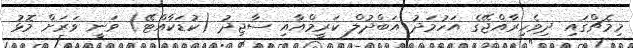
މިމެޗްގައި ދިވެހިރާއްޖޭގެ އަހުމަދު އަބްދުލް ކަރީމްއާއި ސާޖިދު (ކުޑަކާއްޓޭ) ވަނީ ވަރަށް މޮޅު